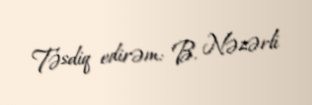
Təsdiq edirəm: B. Nəzərli